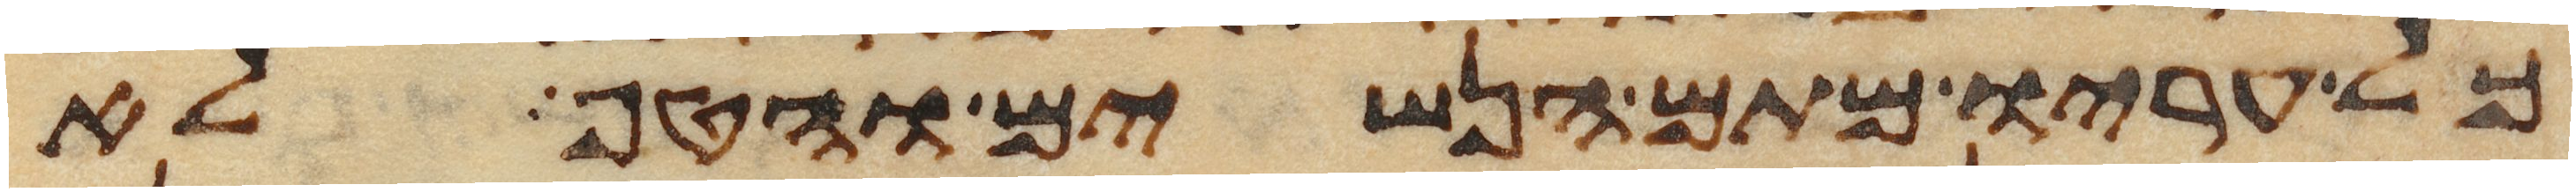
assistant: כל עריו מתם הנשים והטף לא